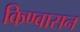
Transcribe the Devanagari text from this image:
किण्वासन